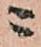
ニ